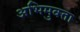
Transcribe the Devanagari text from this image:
अभिमुक्‍ता